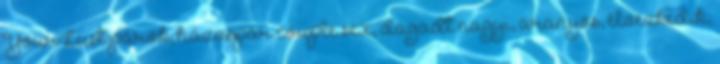
YourLust párok, házaspár couple sex, dagadt nagyi, aranyos, élvezkedik,